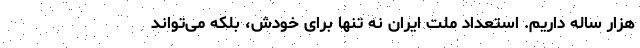
هزار ساله داریم. استعداد ملت ایران نه تنها برای خودش، بلکه می‌تواند